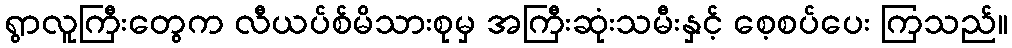
ရွာလူကြီးတွေက လီယပ်စ်မိသားစုမှ အကြီးဆုံးသမီးနှင့် စေ့စပ်ပေး ကြသည်။